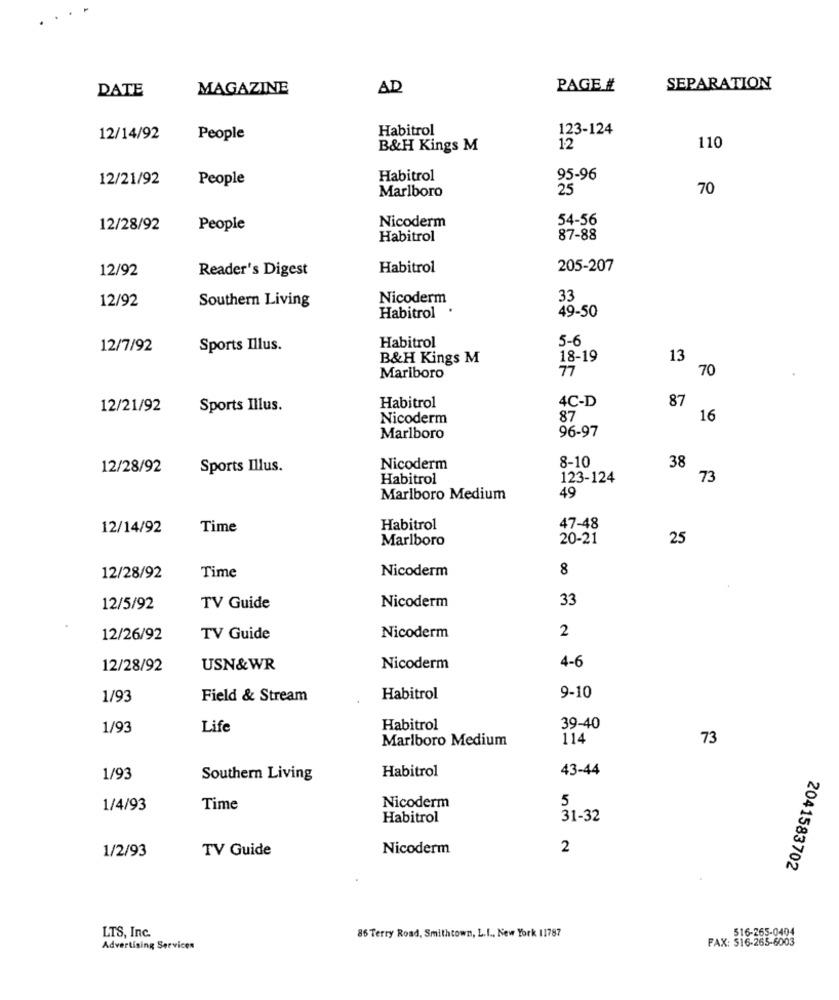
DATE
MAGAZINE
AD
PAGE #
SEPARATION
Habitrol
123-124
12/14/92
People
110
B&H Kings M
12
12/21/92
People
Habitrol
95-96
Marlboro
25
70
Nicoderm
54-56
12/28/92
People
Habitrol
87-88
12/92
Reader's Digest
Habitrol
205-207
12/92
Southern Living
Nicoderm
33
49-50
Habitrol
Habitrol
5-6
12/7/92
Sports Illus.
B&H Kings M
18-19
13
77
70
Mariboro
4C-D
87
12/21/92
Sports Illus.
Habitrol
Nicoderm
87
16
96-97
Marlboro
8-10
12/28/92
Sports Illus.
Nicoderm
38
Habitrol
123-124
73
49
Marlboro Medium
12/14/92
Time
Habitrol
47-48
Marlboro
20-21
25
Nicoderm
8
12/28/92
Time
Nicoderm
33
12/5/92
TV Guide
2
12/26/92
TV Guide
Nicoderm
12/28/92
USN& WR
Nicoderm
4-6
1/93
Field & Stream
Habitrol
9-10
1/93
Life
Habitrol
39-40
Marlboro Medium
114
73
Habitrol
43-44
1/93
Southern Living
Nicoderm
5
1/4/93
Time
Habitrol
31-32
1/2/93
TV Guide
Nicoderm
2
2041583702
LTS, Inc.
516-265-0404
86 Terry Road, Smithtown, L.I ., New York 11787
Advertising Services
FAX: 516-265-6003